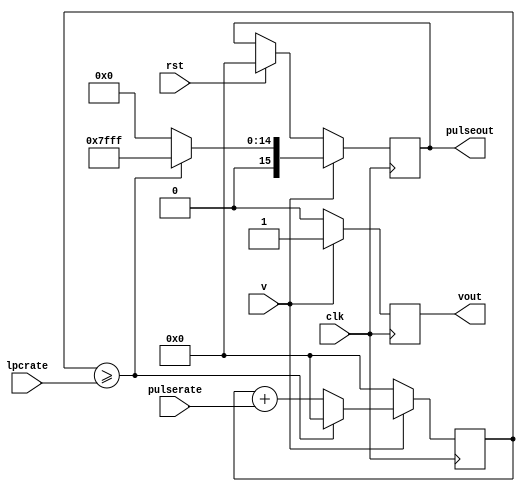
`timescale 1ns/1ns

module pulsegen(input wire 				 clk,
				input wire 				 rst,
				input wire 				 v,
				input wire 		  [15:0] pulserate,
				input wire 		  [15:0] lpcrate,
				output reg signed [15:0] pulseout,
				output reg               vout);
				
		reg [15:0] count;
				
		always @(posedge clk)
		begin
			if (rst)
			begin
				pulseout <= 16'b0;
				count <= 16'b0;
			end
			if (v)
			begin
				if (count >= lpcrate)
				begin
					pulseout <= 16'b111111111111111;
					count <= 16'b0;
				end else
				begin
					pulseout <= 16'b0;
					count <= count + pulserate;
				end
				vout <= 1'b1;
			end else
			begin
				vout <= 1'b0;
				count <= 16'b0;
			end
		end
endmodule